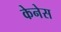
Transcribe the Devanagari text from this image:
केनेस